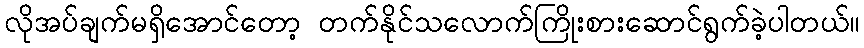
လိုအပ်ချက်မရှိအောင်တော့ တက်နိုင်သလောက်ကြိုးစားဆောင်ရွက်ခဲ့ပါတယ်။